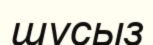
шусыз